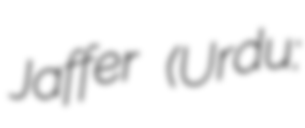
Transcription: Jaffer (Urdu: